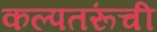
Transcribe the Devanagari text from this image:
कल्पतरूंची